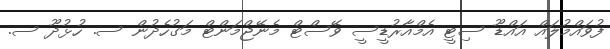
ފުވައްމުލައް އައްޑޫ ސިޓީ އެމްއާރުޑީސީ ވޭސްޓް މެނޭޖްމަންޓް މަގުހެދުން ސ. ހުޅުދޫ ސ.